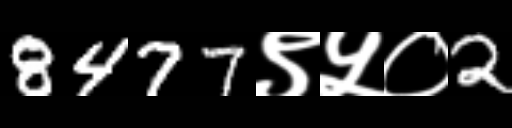
Text: 8477९५०2